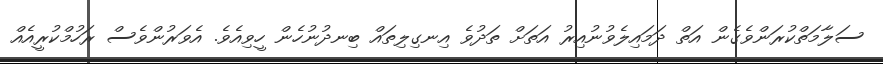
ސަލާމަތްކުރަންވެގެން އަތް ދަމައިލެވުނުއިރު އަތަށް ތަދުވެ އިނގިލިތައް ބިނދުނުހެން ހީވިއެވެ. އެވަރުންވެސް ރަހުމްކުރީއެއް